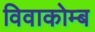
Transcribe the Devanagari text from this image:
विवाकोम्ब